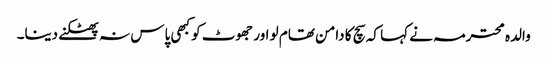
والدہ محترمہ نے کہا کہ سچ کا دامن تھام لو اور جھوٹ کو کبھی پاس نہ پھٹکنے دینا۔